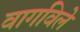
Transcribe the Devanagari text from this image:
वागविले